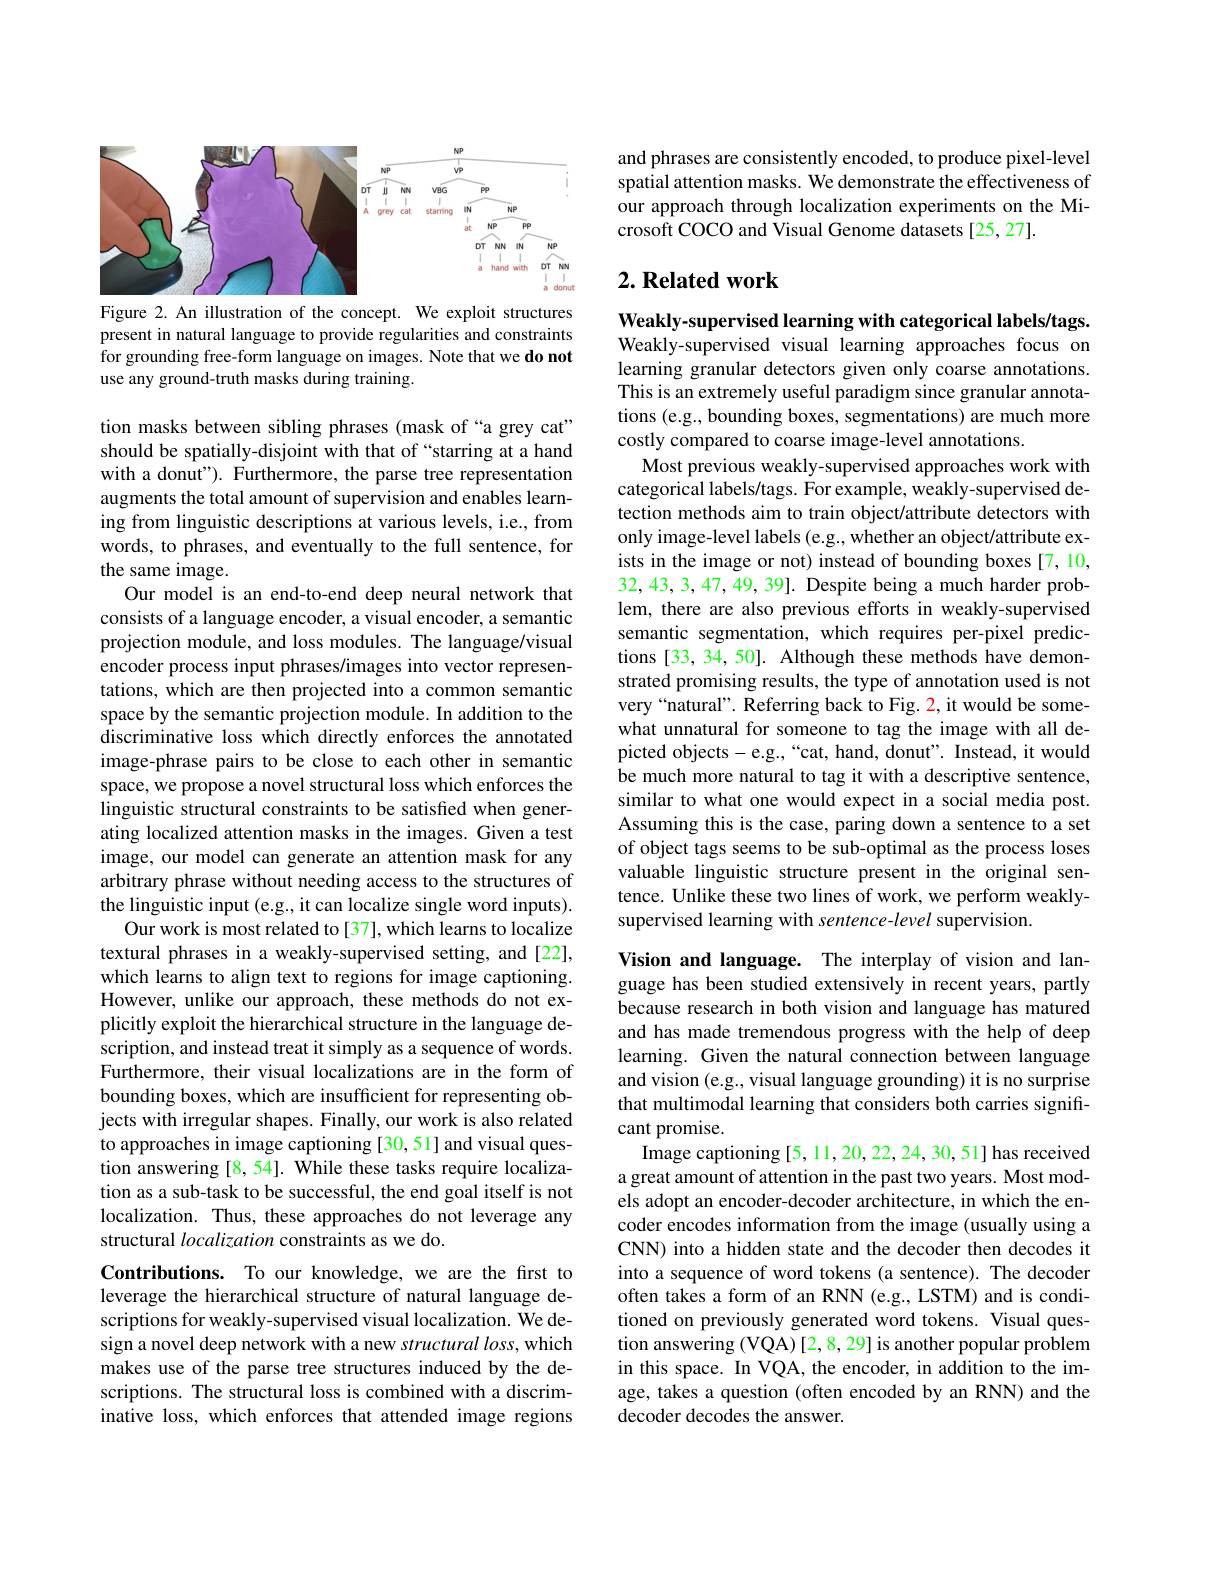
<FigureHere>
Figure 2. An illustration of the concept. We exploit structures

present in natural language to provide regularities and constraints for grounding free-form language on images. Note that we do not use any ground-truth masks during training.

tion masks between sibling phrases (mask of “a grey cat” should be spatially-disjoint with that of “starring at a hand with a donut"). Furthermore, the parse tree representation augments the total amount of supervision and enables learning from linguistic descriptions at various levels, i.e., from words, to phrases, and eventually to the full sentence, for the same image.
Our model is an end-to-end deep neural network that consists of a language encoder, a visual encoder, a semantic projection module, and loss modules. The language/visual encoder process input phrases/images into vector representations, which are then projected into a common semantic space by the semantic projection module. In addition to the discriminative loss which directly enforces the annotated image-phrase pairs to be close to each other in semantic space, we propose a novel structural loss which enforces the linguistic structural constraints to be satisfied when generating localized attention masks in the images. Given a test image, our model can generate an attention mask for any arbitrary phrase without needing access to the structures of the linguistic input (e.g., it can localize single word inputs).
Our work is most related to[37], which learns to localize textural phrases in a weakly-supervised setting, and [22], which learns to align text to regions for image captioning. However, unlike our approach, these methods do not explicitly exploit the hierarchical structure in the language description, and instead treat it simply as a sequence of words. Furthermore, their visual localizations are in the form of bounding boxes, which are insufficient for representing objects with irregular shapes. Finally, our work is also related to approaches in image captioning [30,51] and visual question answering [8, 54]. While these tasks require localization as a sub-task to be successful, the end goal itself is not localization. Thus, these approaches do not leverage any structural localization constraints as we do.
Contributions. To our knowledge, we are the first to leverage the hierarchical structure of natural language descriptions for weakly-supervised visual localization. We design a novel deep network with a new structural loss, which makes use of the parse tree structures induced by the descriptions. The structural loss is combined with a discrim-

inative loss, which enforces that attended image regions

and phrases are consistently encoded, to produce pixel-level spatial attention masks. We demonstrate the effectiveness of our approach through localization experiments on the Microsoft COCO and Visual Genome datasets [25,27].

## $2. \textbf{ Related work}$

Weakly-supervised learning with categorical labels/tags. Weakly-supervised visual learning approaches focus on learning granular detectors given only coarse annotations. This is an extremely useful paradigm since granular annotations (e.g., bounding boxes, segmentations) are much more costly compared to coarse image-level annotations.
Most previous weakly-supervised approaches work with categorical labels/tags. For example, weakly-supervised detection methods aim to train object/attribute detectors with only image-level labels (e.g., whether an object/attribute exists in the image or not) instead of bounding boxes [7,10, $32,43,3,47,\tilde{4}9,39].$ Despite being a much harder problem, there are also previous efforts in weakly-supervised semantic segmentation, which requires per-pixel predictions [33, 34, 50]. Although these methods have demonstrated promising results, the type of annotation used is not very“natural”. Referring back to Fig. 2, it would be somewhat unnatural for someone to tag the image with all depicted objects-e.g.,“cat, hand, donut". Instead, it would be much more natural to tag it with a descriptive sentence, similar to what one would expect in a social media post. Assuming this is the case, paring down a sentence to a set of object tags seems to be sub-optimal as the process loses valuable linguistic structure present in the original sentence. Unlike these two lines of work, we perform weaklysupervised learning with sentence-level supervision.

Vision and language. The interplay of vision and language has been studied extensively in recent years, partly because research in both vision and language has matured and has made tremendous progress with the help of deep learning. Given the natural connection between language and vision (e.g., visual language grounding) it is no surprise that multimodal learning that considers both carries signifrcant promise.
Image captioning [5, 11, 20, 22, 24, 30, 51] has received a great amount of attention in the past two years. Most models adopt an encoder-decoder architecture, in which the encoder encodes information from the image (usually using a CNN) into a hidden state and the decoder then decodes it into a sequence of word tokens (a sentence). The decoder often takes a form of an RNN (e.g., LSTM) and is conditioned on previously generated word tokens. Visual question answering (VQA) [2,8,29] is another popular problem in this space. In VQA, the encoder, in addition to the image, takes a question (often encoded by an RNN) and the decoder decodes the answer.